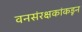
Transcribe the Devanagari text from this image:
वनसंरक्षकांकडून